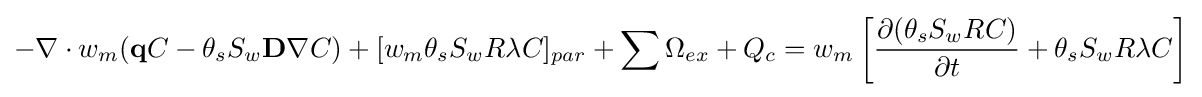
-\nabla \cdot w_{m}({\textbf {q}}C-\theta _{s}S_{w}{\textbf {D}}\nabla C)+[w_{m}\theta _{s}S_{w}R\lambda C]_{par}+\sum {\Omega _{ex}+Q_{c}}=w_{m}\left[{\frac {\partial (\theta _{s}S_{w}RC)}{\partial t}}+\theta _{s}S_{w}R\lambda C\right]